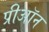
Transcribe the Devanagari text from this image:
प्रीऑन